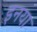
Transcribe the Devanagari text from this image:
इनया